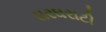
ઘરઘરાટી